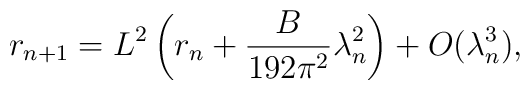
r_{n+1}  = L^2  \left( r_{n} + \frac{B}{192\pi^2}\lambda_{n}^2  \right)  + O(\lambda_n^3),